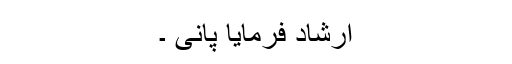
ارشاد فرمایا پانی ۔